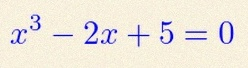
x^3-2x+5=0